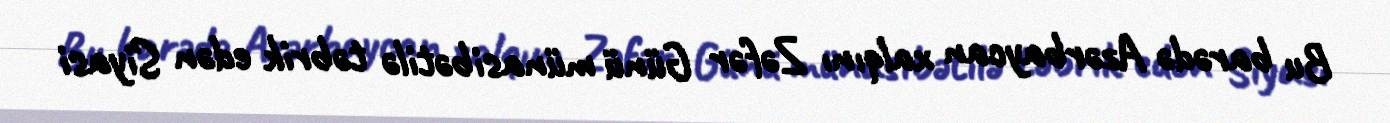
Bu barədə Azərbaycan xalqını Zəfər Günü münasibətilə təbrik edən Siyasi